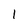
Character: 1